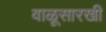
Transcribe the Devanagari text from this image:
वाळूसारखी